system: You are a helpful assistant.
user:
Analyze the provided spectrum to determine if it is a **M-type Giant (gM)**.

A M-type Giant spectrum is defined by its **strong molecular absorption** features, particularly from **Titanium Oxide (TiO)**. You must check for one of the following mutually exclusive signatures:

- **Key Visual Indicators (Absorption-Dominated Spectrum):**

    - **(Primary):** The spectrum is dominated by strong molecular absorption from **Titanium Oxide (TiO)**. This is the **defining feature** of its M-type temperature class.
        - **(Key Bandheads):** Look for sharp, "saw-tooth" absorption valleys. The strongest are located near **~7050 Å**, **~6160 Å**, and **~5170 Å**.
        - **(Line Profile):** The "saw-tooth" morphology is critical: a **sharp, steep drop on the BLUE (short-wavelength) side** of the bandhead, followed by a gradual recovery (rising flux) towards the RED (long-wavelength) side.

    - **(Key Confirmation - Giant vs. Dwarf):** **ABSENCE** of strong **Calcium Hydride (CaH)** molecular bands. This is the primary diagnostic for *excluding* M-dwarfs.
        - **(Key Region):** The spectrum should lack the strong, broad absorption band seen in dwarfs between **~6800 Å and ~7000 Å**.

    - **(Secondary Confirmation - Giant):** A very strong and broad **Neutral Calcium (Ca I)** atomic absorption line.
        - **(Key Line):** Located at **~4226 Å**. In a giant (gM), this line is significantly deeper and broader than the same line in an M-dwarf (dM) due to low surface gravity.

    - **(Overall Spectrum):**
        - The continuum is **extremely red-sloping** (i.e., flux is very low in the blue and rises dramatically towards the red).
        - The entire spectrum appears "chopped up" by the deep TiO bands.

Think first, call **spectral_visualization_tool** if needed to examine features in detail, then provide your final answer. Your response must adhere to the following strict rules:
1.  **Overall Structure:** Your response must follow the format `<think>...</think> <tool_call>...</tool_call> (if a tool is used) <answer>...</answer>`.
2.  **Tool Usage Constraint:** You may only make **one** tool call per turn.
3.  **Final Answer Format:** In the `<answer>` tag, your conclusion must be inside a `\boxed{}` command (e.g., `\boxed{YES}` or `\boxed{NO}`), followed by your justification.

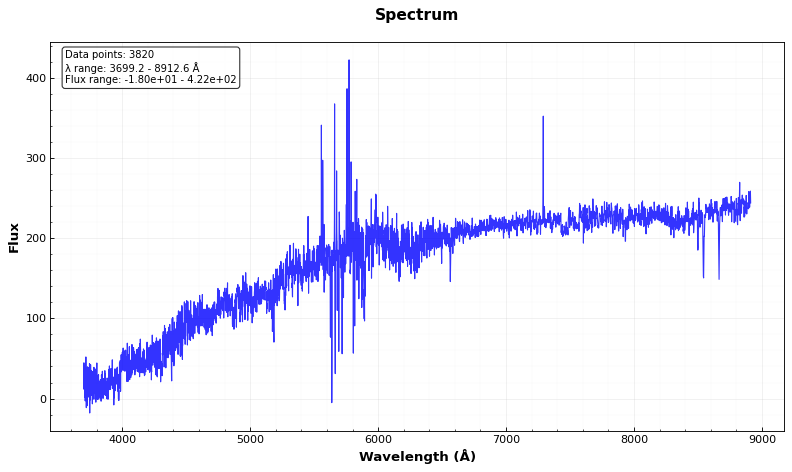
Answer: NO